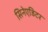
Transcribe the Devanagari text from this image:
सिनेएडिटर